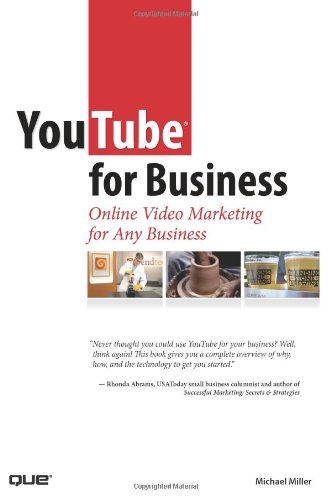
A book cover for YouTube for Business: Online Video Marketing for Any Business; Michael Miller; Computers & Technology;